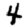
Digit: 4